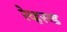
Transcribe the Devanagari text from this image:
रेव्हरन्ड